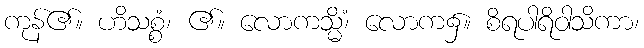
ကုန်၏။ ဟိသစ္စံ၊ ၏။ လောကသ္မိံ၊ လောက၌။ စိရပါရိဝါသိကာ၊